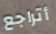
أتراجع